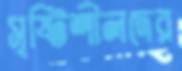
সৃষ্টিশীলদের